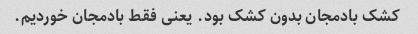
کشک بادمجان بدون کشک بود. یعنی فقط بادمجان خوردیم.